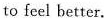
to feel better.